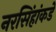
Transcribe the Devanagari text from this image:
नरसिंहांकडे